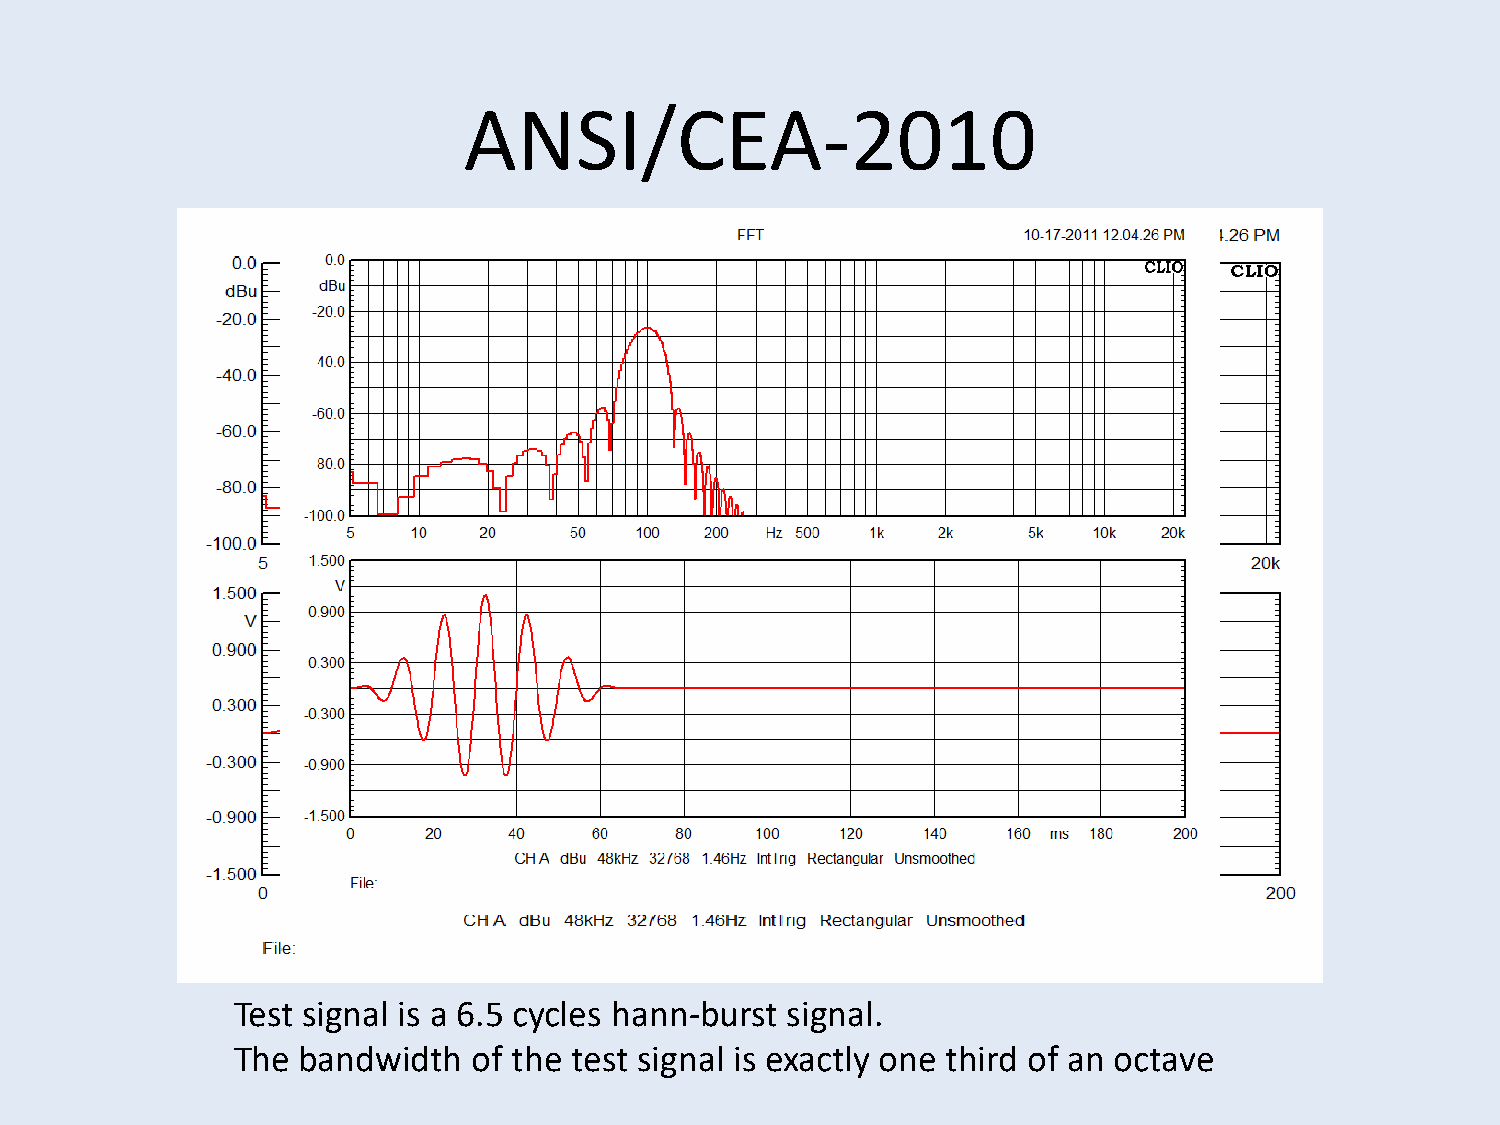
ANSI/CEA-2010
 100Hz  Example
 Test signal is a 6.5 cycles hann-burst signal.
 The  bandwidth  of the test signal is exactly one third of an octave